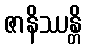
ဇာနိဿန္တိ